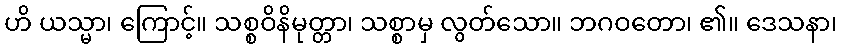
ဟိ ယသ္မာ၊ ကြောင့်။ သစ္စဝိနိမုတ္တာ၊ သစ္စာမှ လွတ်သော။ ဘဂဝတော၊ ၏။ ဒေသနာ၊